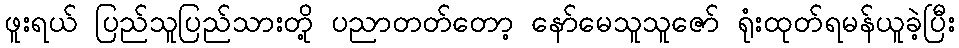
ဖူးရယ် ပြည်သူပြည်သားတို့ ပညာတတ်တော့ နော်မေသူသူဇော် ရုံးထုတ်ရမန်ယူခဲ့ပြီး